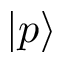
| p \rangle